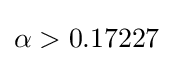
\alpha >0.17227